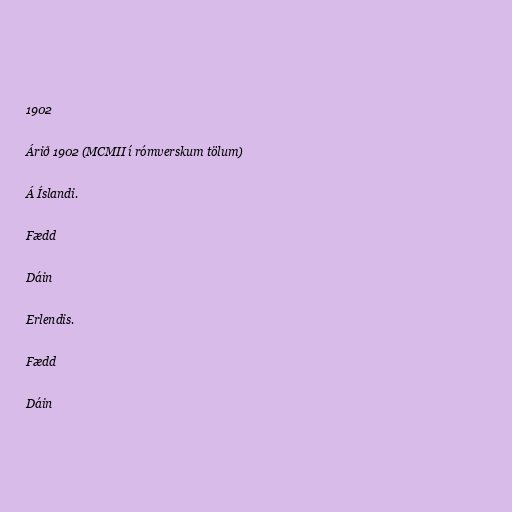
1902

Árið 1902 (MCMII í rómverskum tölum)

Á Íslandi.

Fædd

Dáin

Erlendis.

Fædd

Dáin